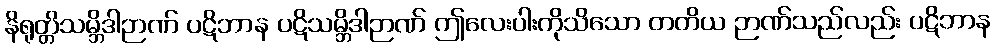
နိရုတ္တိသမ္ဘိဒါဉာဏ် ပဋိဘာန ပဋိသမ္ဘိဒါဉာဏ် ဤလေးပါးကိုသိသော တတိယ ဉာဏ်သည်လည်း ပဋိဘာန